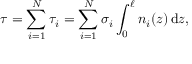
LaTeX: \tau = \sum _ { i = 1 } ^ { N } \tau _ { i } = \sum _ { i = 1 } ^ { N } \sigma _ { i } \int _ { 0 } ^ { \ell } n _ { i } ( z ) \, \mathrm { d } z ,